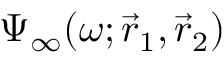
\Psi _ { \infty } ( \omega ; \vec { r } _ { 1 } , \vec { r } _ { 2 } )